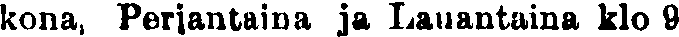
kona, Perjantaina ja Lauantaina klo 9